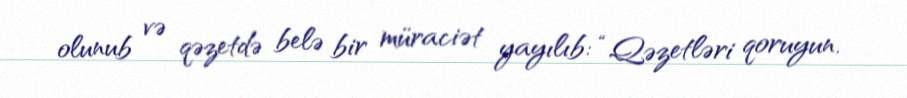
olunub və qəzetdə belə bir müraciət yayılıb: “Qəzetləri qoruyun.